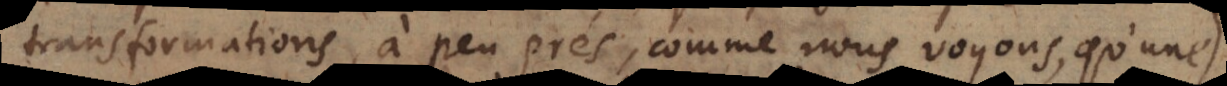
transformations, à peu près, comme nous voyons, qu’une